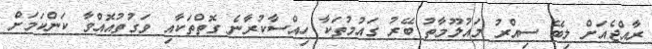
ރާއްޖެއަށް ލިބޭ ސިއްރު މައުލޫމާތު ބޭރު ގައުމުތަކާ ހިއްސާކުރާނެ ގޮތްތަކާއި ވަގުތުއޮއްވާ ކަންކަމަށް